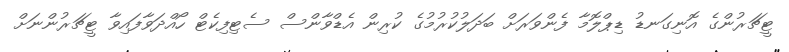
ޓީޗަރުންގެ އޮނިގަނޑު ޑިޕްލޮމާ ފެންވަރަށް ބަދަލުކުރުމުގެ ކުރިން އެޑްވާންސް ސެޓިފިކެޓް ހޯއްދަވާފައިވާ ޓީޗަރުންނަށް